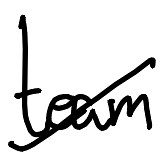
Text: team
Cross-out: diagonal
Writing tool: digital_black